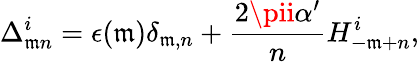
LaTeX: \Delta_{\mathfrak{m}n}^{i}=\epsilon(\mathfrak{m})\delta_{\mathfrak{m},n}+\frac{{2\pii\alpha^{\prime}}}{{n}}H_{-\mathfrak{m}+n}^{i},